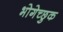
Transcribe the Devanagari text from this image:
भोगेच्छुक